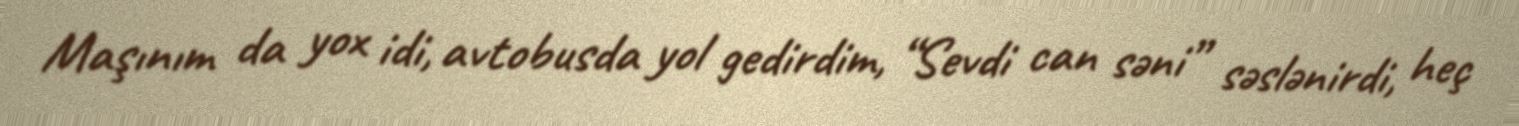
Maşınım da yox idi, avtobusda yol gedirdim, “Sevdi can səni” səslənirdi, heç